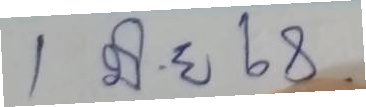
1 มิ.ย. 68